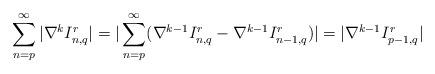
LaTeX: \begin{align*}\sum_{n=p}^{\infty}|\nabla^{k}I_{n,q}^{r}|=|\sum_{n=p}^{\infty} (\nabla^{k-1}I_{n,q}^{r}-\nabla^{k-1}I_{n-1,q}^{r})|=|\nabla^{k-1}I_{p-1,q}^{r}|\end{align*}